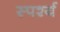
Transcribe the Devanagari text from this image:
स्पर्श्य